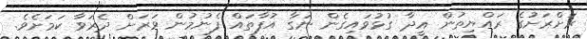
ރަށްރަށުގެ ރައްޔިތުން އީދާ ގުޅުވައިގެން ނަގާ އުފާތައް ފެނުމުން ވަރަށް ދެރަވާ ކަމަށެވެ.